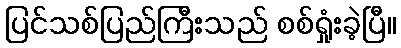
ပြင်သစ်ပြည်ကြီးသည် စစ်ရှုံးခဲ့ပြီ။